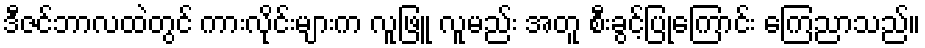
ဒီဇင်ဘာလထဲတွင် ကားလိုင်းများက လူဖြူ လူမည်း အတူ စီးခွင့်ပြုကြောင်း ကြေညာသည်။